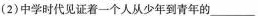
(2)中学时代见证着一个人从少年到青年的___